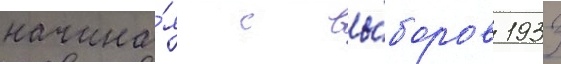
начина́я с вы́боров 1933